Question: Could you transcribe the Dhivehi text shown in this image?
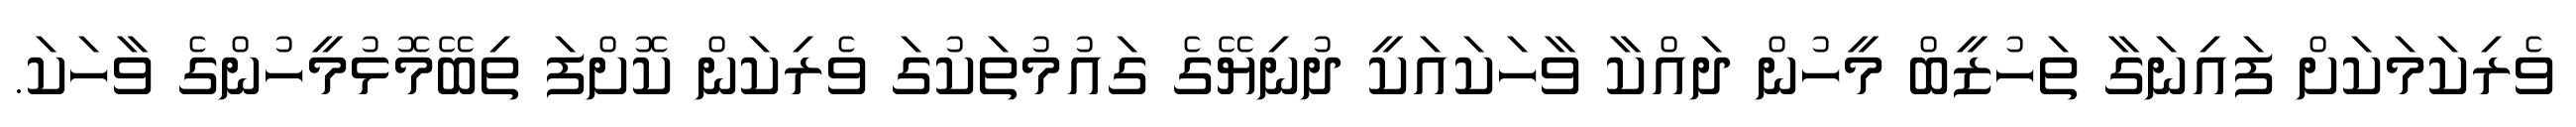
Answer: ވެރިކަމަކަށް ފައިނަގާ ތަހުޒީބް މީހުން ދައްކާ ވާހަކައަކީ ދުނިޔޭގެ ގައުމުތަކުގަ ވެރިކަން ކޮށްފަ ތިބޭމޮޅުމީހުންގެ ވާހަކަ.